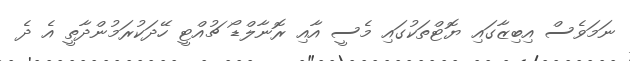
ނަމަވެސް އިބިޒާގައި ޔޮޓްތަކުގައި މެސީ އާއި ރޮނާލްޑޯ ޗުއްޓީ ހޭދަކުރަމުންދާތީ އެ ދެ